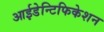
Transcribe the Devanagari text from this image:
आईडेन्टिफिकेशन